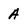
Character: A